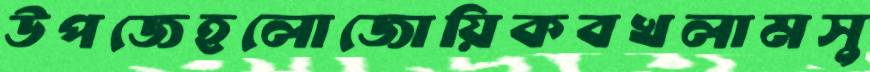
উপজেহলোজোয়িকবখলামসু